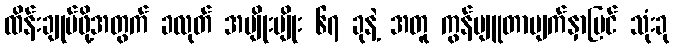
ထိန်းချုပ်ဖို့အတွက် ခလုတ် အမျိုးမျိုး ၆၇ ခုနဲ့ အတူ ကွန်ပျူတာမျက်နှာပြင် သုံးခု